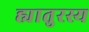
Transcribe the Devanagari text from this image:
ह्यातुरस्य